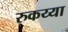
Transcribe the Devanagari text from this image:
रुकय्या